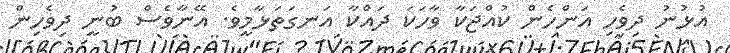
އުޅުނު ދިވެހި އަންހެން ކުއްޖަކާ ވާހަކަ ދައްކާ އަނގަތަޅާމީވެ. އޭނާވެސް ބުނީ ދިވެހިން